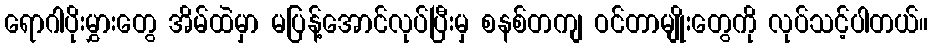
ရောဂါပိုးမွှားတွေ အိမ်ထဲမှာ မပြန့်အောင်လုပ်ပြီးမှ စနစ်တကျ ဝင်တာမျိုးတွေကို လုပ်သင့်ပါတယ်။